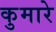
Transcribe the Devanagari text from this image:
कुमारे